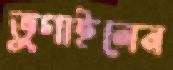
ভুগাইলেন